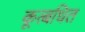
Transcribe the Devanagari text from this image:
कूत्बधित